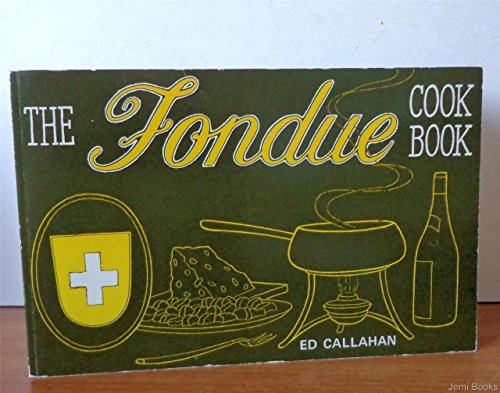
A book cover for The fondue cookbook; Ed. Callahan; Cookbooks, Food & Wine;